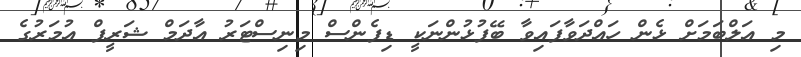
މި އަލްބަމަށް ޅެން ހައްދަވާފައިވާ ބޭފުޅުންނަކީ ޑިފެންސް މިނިސްޓަރު އާދަމް ޝަރީފް އުމަރުގެ